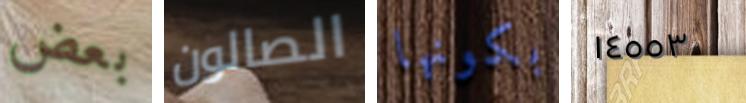
بعض الصالون بكونها ١٤٥٥٣